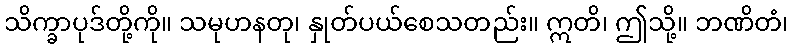
သိက္ခာပုဒ်တို့ကို။ သမုဟနတု၊ နှုတ်ပယ်စေသတည်း။ ဣတိ၊ ဤသို့။ ဘဏိတံ၊